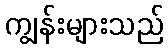
ကျွန်းများသည်